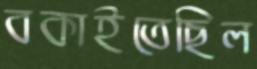
বকাইতেছিল